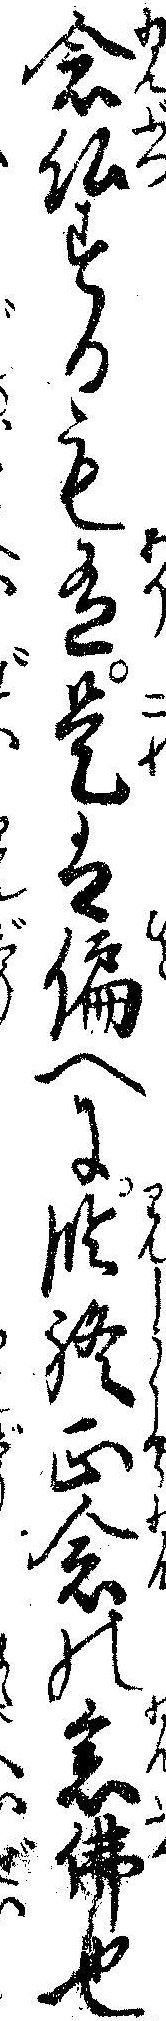
念仏するも有是は偏へに臨終正念の念仏也